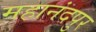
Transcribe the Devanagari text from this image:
महानंदपुर